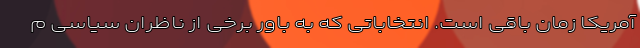
آمریکا زمان باقی است. انتخاباتی که به باور برخی از ناظران سیاسی م